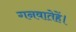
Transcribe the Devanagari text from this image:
गनवातेहें।